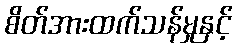
စိတ်အားထက်သန်မှုနှင့်